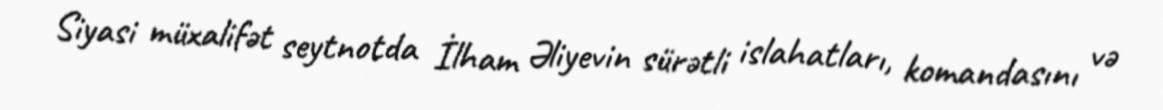
Siyasi müxalifət seytnotda İlham Əliyevin sürətli islahatları, komandasını və